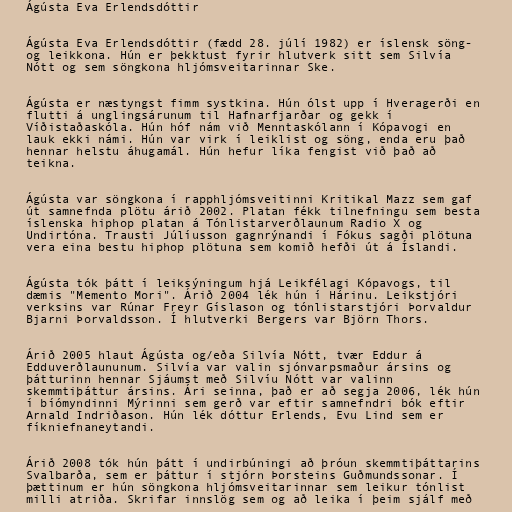
Ágústa Eva Erlendsdóttir

Ágústa Eva Erlendsdóttir (fædd 28. júlí 1982) er íslensk söng-
og leikkona. Hún er þekktust fyrir hlutverk sitt sem Silvía
Nótt og sem söngkona hljómsveitarinnar Ske.

Ágústa er næstyngst fimm systkina. Hún ólst upp í Hveragerði en
flutti á unglingsárunum til Hafnarfjarðar og gekk í
Víðistaðaskóla. Hún hóf nám við Menntaskólann í Kópavogi en
lauk ekki námi. Hún var virk í leiklist og söng, enda eru það
hennar helstu áhugamál. Hún hefur líka fengist við það að
teikna.

Ágústa var söngkona í rapphljómsveitinni Kritikal Mazz sem gaf
út samnefnda plötu árið 2002. Platan fékk tilnefningu sem besta
íslenska hiphop platan á Tónlistarverðlaunum Radio X og
Undirtóna. Trausti Júlíusson gagnrýnandi í Fókus sagði plötuna
vera eina bestu hiphop plötuna sem komið hefði út á Íslandi.

Ágústa tók þátt í leiksýningum hjá Leikfélagi Kópavogs, til
dæmis "Memento Mori". Árið 2004 lék hún í Hárinu. Leikstjóri
verksins var Rúnar Freyr Gíslason og tónlistarstjóri Þorvaldur
Bjarni Þorvaldsson. Í hlutverki Bergers var Björn Thors.

Árið 2005 hlaut Ágústa og/eða Silvía Nótt, tvær Eddur á
Edduverðlaununum. Silvía var valin sjónvarpsmaður ársins og
þátturinn hennar Sjáumst með Silvíu Nótt var valinn
skemmtiþáttur ársins. Ári seinna, það er að segja 2006, lék hún
í bíómyndinni Mýrinni sem gerð var eftir samnefndri bók eftir
Arnald Indriðason. Hún lék dóttur Erlends, Evu Lind sem er
fíkniefnaneytandi.

Árið 2008 tók hún þátt í undirbúningi að þróun skemmtiþáttarins
Svalbarða, sem er þáttur í stjórn Þorsteins Guðmundssonar. Í
þættinum er hún söngkona hljómsveitarinnar sem leikur tónlist
milli atriða. Skrifar innslög sem og að leika í þeim sjálf með